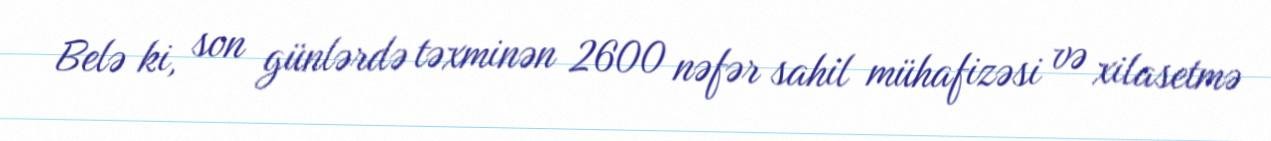
Belə ki, son günlərdə təxminən 2600 nəfər sahil mühafizəsi və xilasetmə